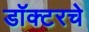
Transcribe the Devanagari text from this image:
डॉक्टरचे